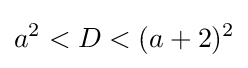
a^{2}<D<(a+2)^{2}